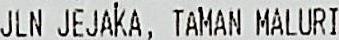
JLN JEJAKA, TAMAN MALURI